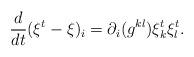
LaTeX: \begin{align*}\frac{d}{dt} (\xi^t - \xi)_i = \partial_i (g^{kl}) \xi_k^t \xi_l^t.\end{align*}